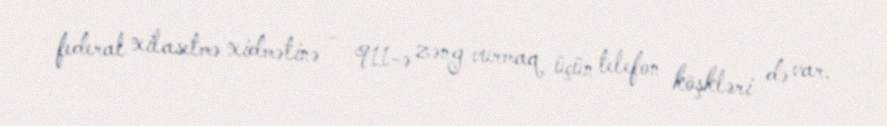
federal xilasetmə xidmətinə - 911-ə zəng vurmaq üçün telefon köşkləri də var.